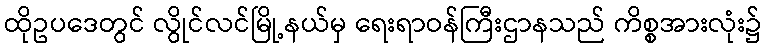
ထိုဥပဒေတွင် လွိုင်လင်မြို့နယ်မှ ရေးရာဝန်ကြီးဌာနသည် ကိစ္စအားလုံး၌